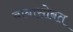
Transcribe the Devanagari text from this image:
बाबासोबत